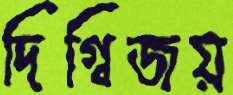
দিগ্বিজয়